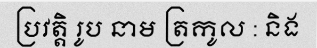
ប្រវត្តិ រូប នាម ត្រកូល : និង